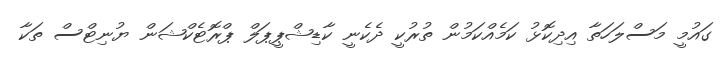
ގައުމީ މަސްލަހަތާ އިދިކޮޅު ކަމެއްކަމުން ތުރުކީ ދެކެނީ ކާޑިޝްޕީޕަލް ޕްރޮޓެކްޝަން ޔުނިޓްސް ތަކާ